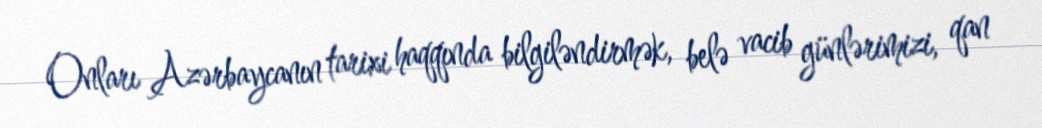
Onları Azərbaycanın tarixi haqqında bilgiləndirmək, belə vacib günlərimizi, qan